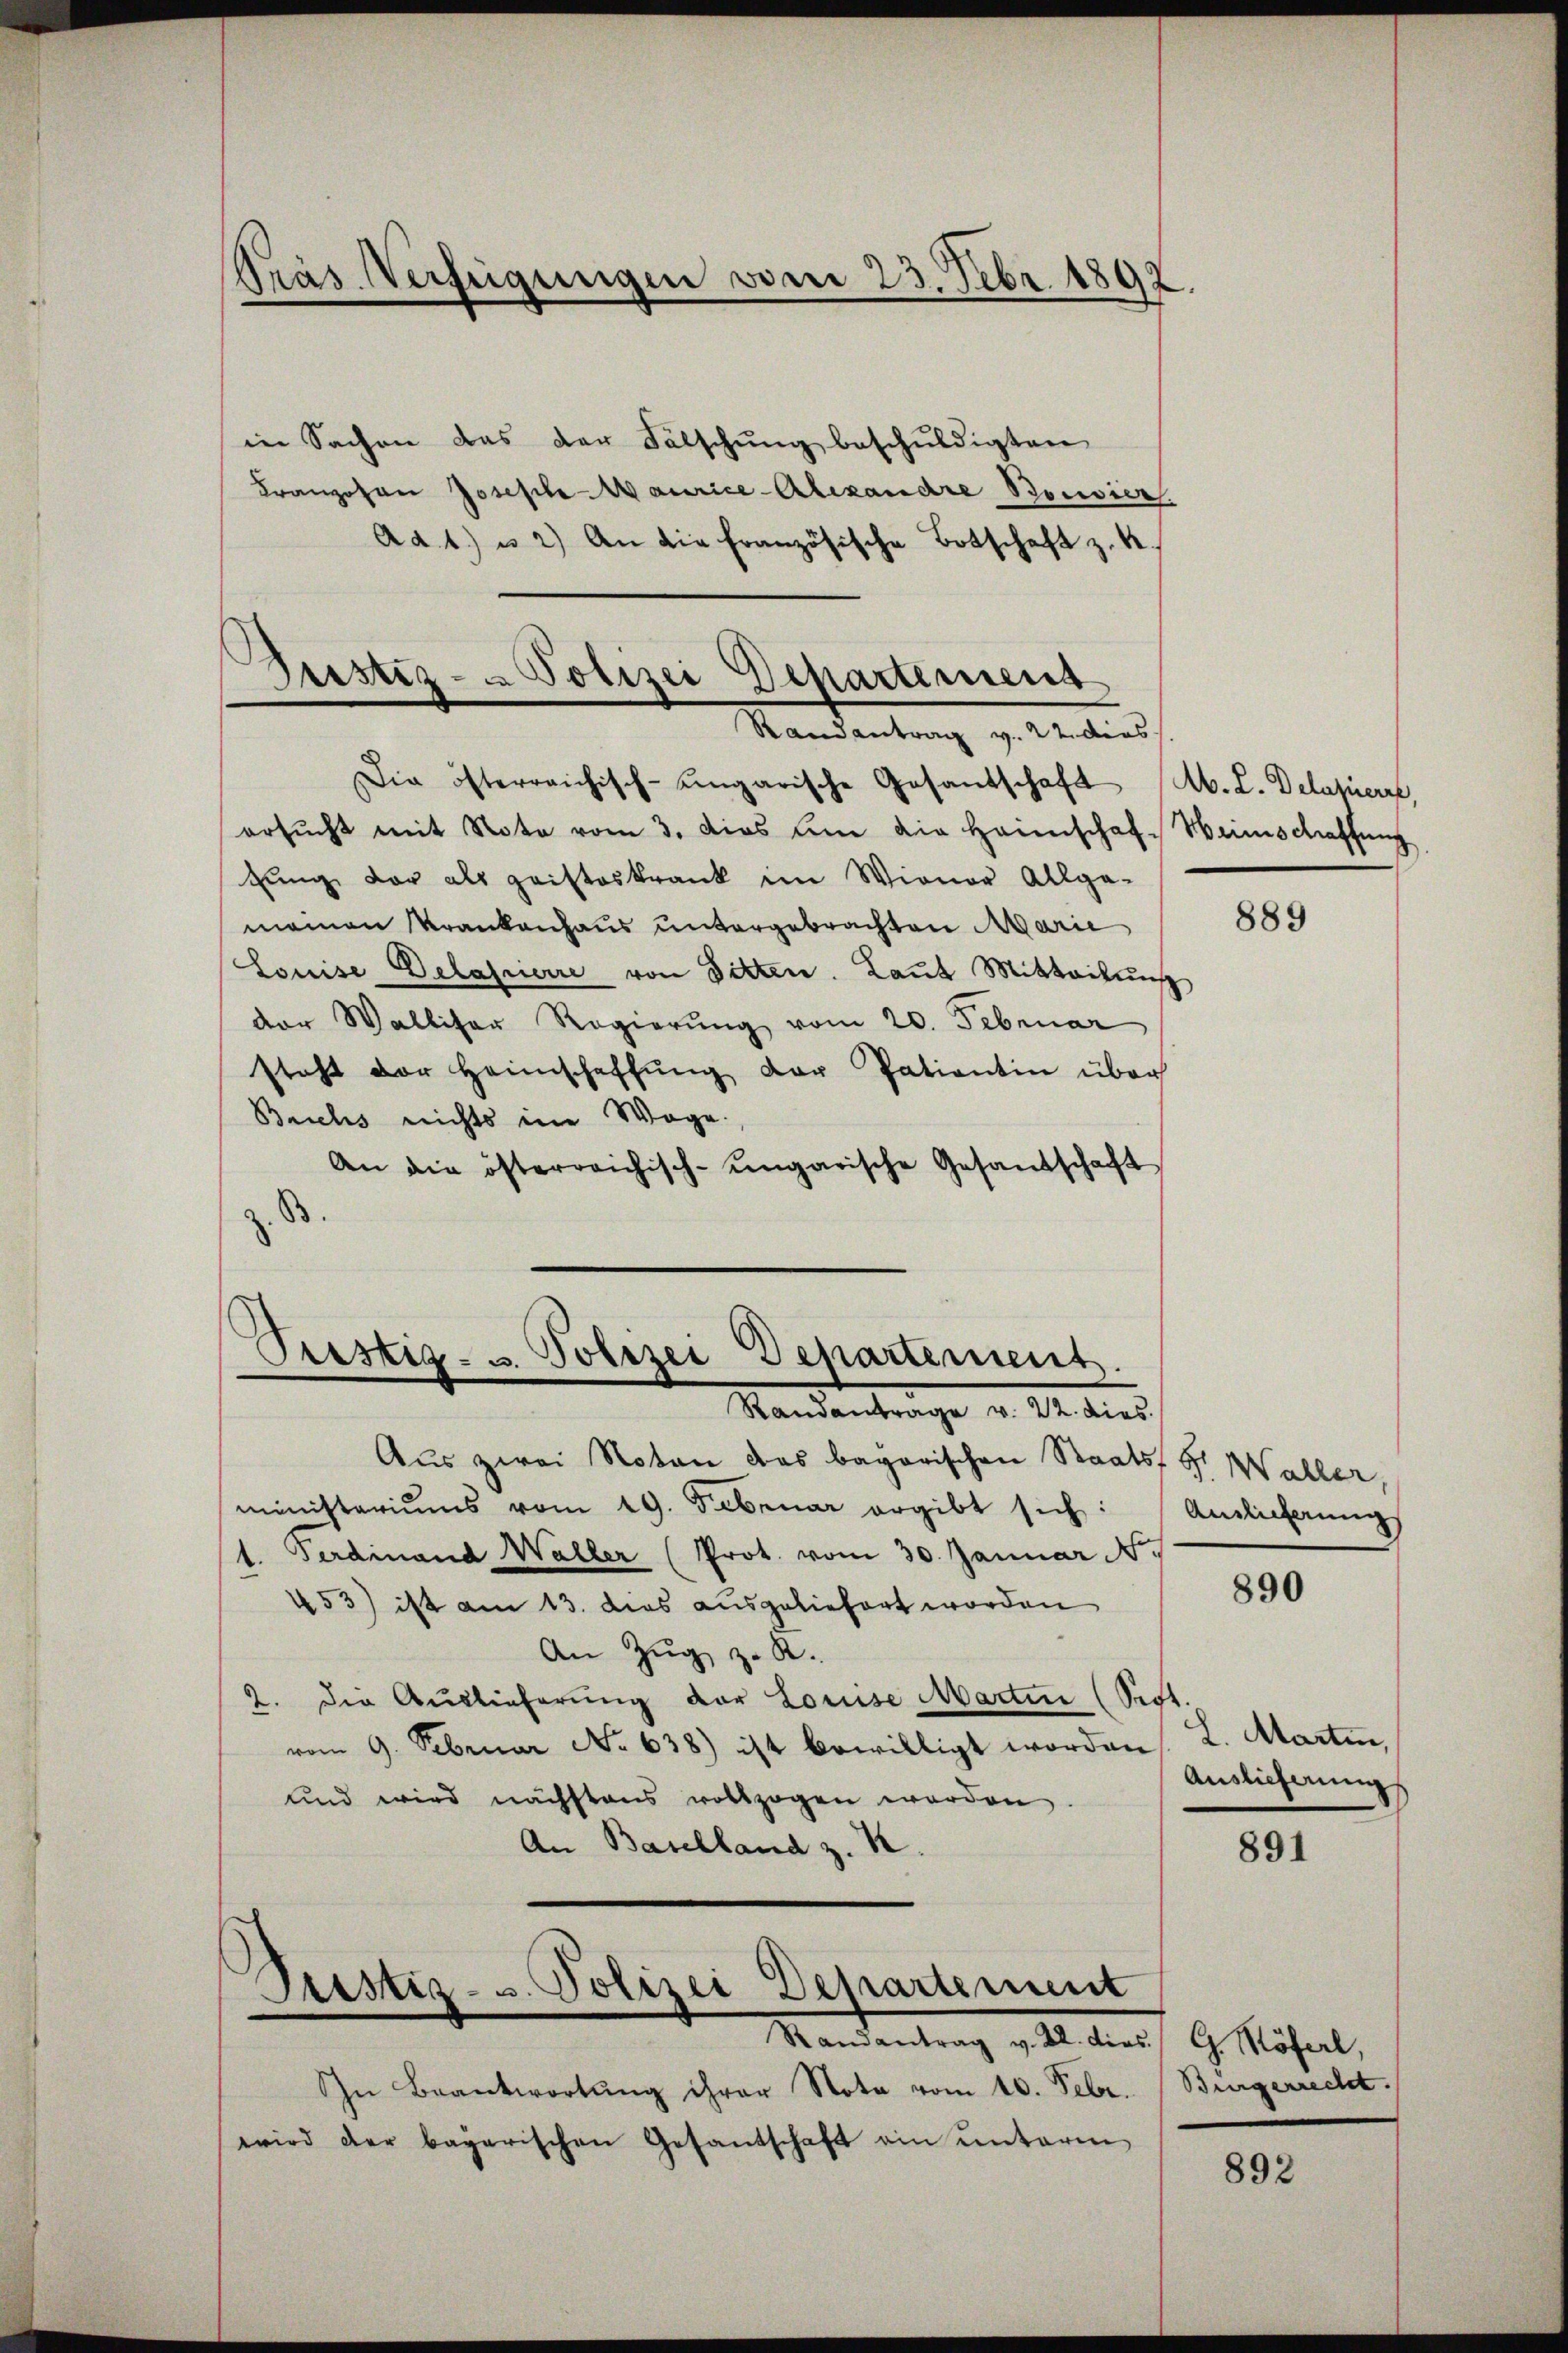
Präs. Verfügungen vom 23. Febr. 1892.

Randantrag v. 22. dies

in Sachen das der Fälschŭng beschuldigten
Franzosen Joseph Maurice-Alexandre Bouvier.
Ad 1. u 2.) An die Französische Botschaft z. K.
Justiz- & Polizei Departemens

Die österreichisch-ungarische Gesandschaft (Ab. L. Delapiere,
ersŭcht mit Note vom 3. dies um die Heimschaft Weinschaffung
tung der als geisteskrank im Wiener Allge-
meinen Krankenhaus untergebrachten Marie
Louise Delasserre von Bitten. Laut Mitteilung
der Walliser Regierŭng vom 20. Februar
steht der Heimschaffŭng der Patientin über
Beichs nichts in Wege.
An die österreichisch-ungarische Gesandschaft
B.

In Beantwortŭng ihrer Note vom 10. Febr.
wird der bayerischen Gesandschaft ein unteren

Aus zwei Notar das bayerischen Staats, Hr. Waller,
ministeriums vom 19. Februar ergibt sich: Amlicherŭng
1. Ferdinand Waller (Prot. vom 30. Januar N
453) ist am 13. dies ausgeliefert worden
An Zŭg z. R.
2. die Auslieferung der Louise Martin (Prot.
vom 9. Februar No 638) ist bewilligt worden
und wird nächstens vollzogen werden.
An Baselland z. K.

Prestig- u. Polizei Departement.
Randantrage v. 22. dies

Pustiz- u. Polizei Departement
Randantrag v. 22. dies

889

890

L. Martin,
Auslieferung

891

G. Röfel,
Bürgerrecht.

892